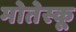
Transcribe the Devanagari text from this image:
मोतेस्कू